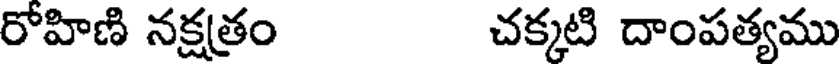
రోహిణి నక్షత్రం చక్కటి దాంపత్యము